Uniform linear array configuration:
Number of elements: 24
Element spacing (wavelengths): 0.5
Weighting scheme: binomial
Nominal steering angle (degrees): -30
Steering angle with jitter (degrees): -31.025
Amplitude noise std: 0.05
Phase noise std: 0.05

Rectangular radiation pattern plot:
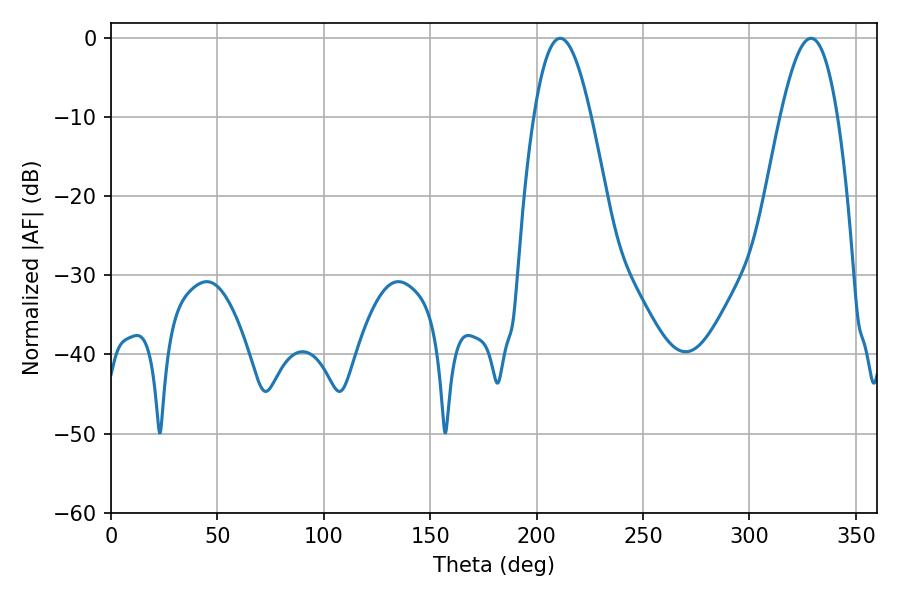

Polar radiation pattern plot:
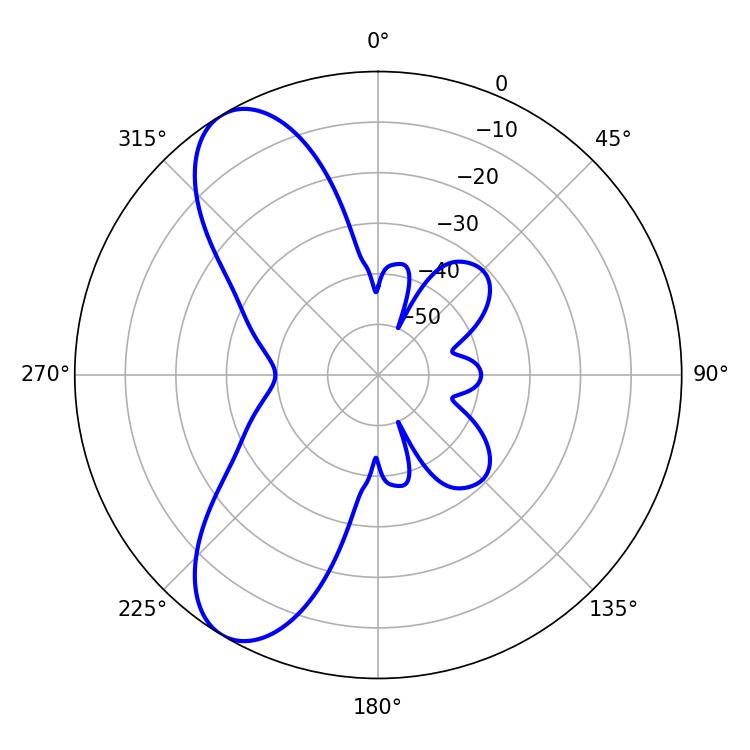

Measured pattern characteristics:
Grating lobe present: FALSE
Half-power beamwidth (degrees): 14.58
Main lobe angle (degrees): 211.14